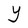
Character: Y